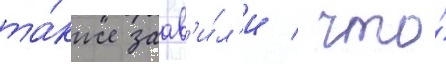
та́кже заав'и́л'и / что́